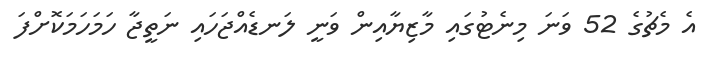
އެ މެޗުގެ 52 ވަނަ މިނެޓުގައި މާޒިޔާއިން ވަނީ ލަނޑެއްޖަހައި ނަތީޖާ ހަމަހަމަކޮށްފަ